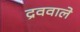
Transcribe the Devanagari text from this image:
द्रववाले